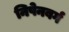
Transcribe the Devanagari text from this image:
निपेनबर्ग